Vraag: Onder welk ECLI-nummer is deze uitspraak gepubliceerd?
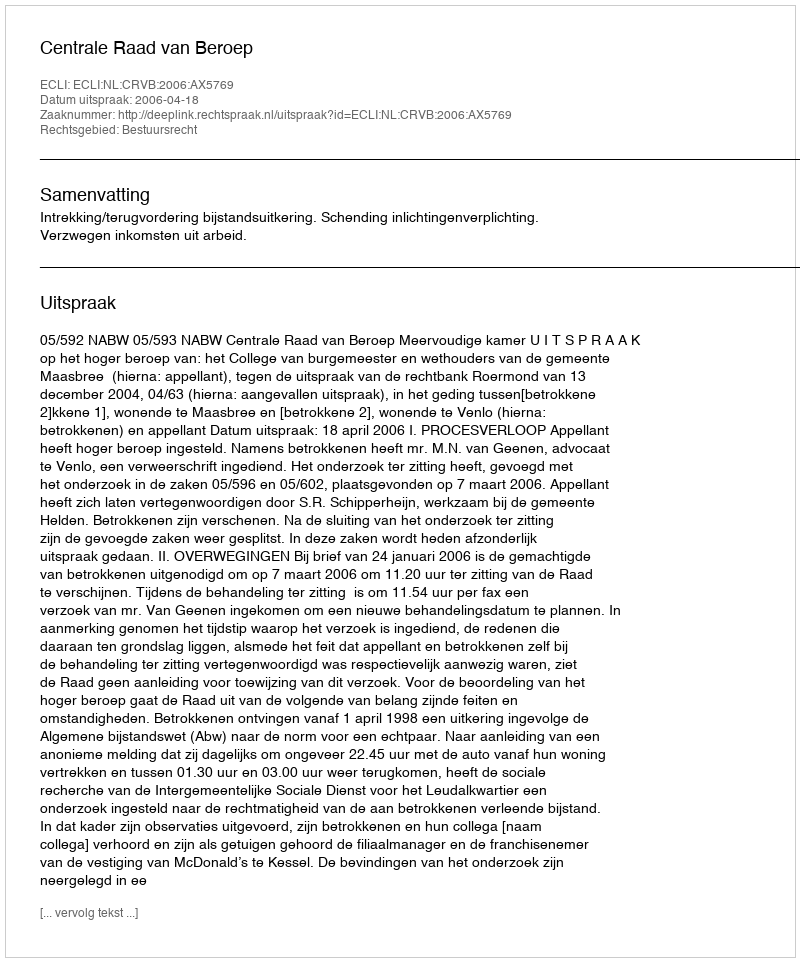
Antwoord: ECLI:NL:CRVB:2006:AX5769